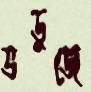
ভডুজে